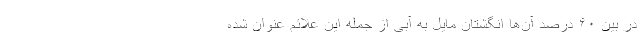
در بین ۶۰ درصد آن‌ها انگشتان مایل به آبی از جمله این علائم عنوان شده